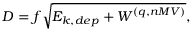
D = f \sqrt { { E _ { k , d e p } + W ^ { ( q , n M V ) } } } ,